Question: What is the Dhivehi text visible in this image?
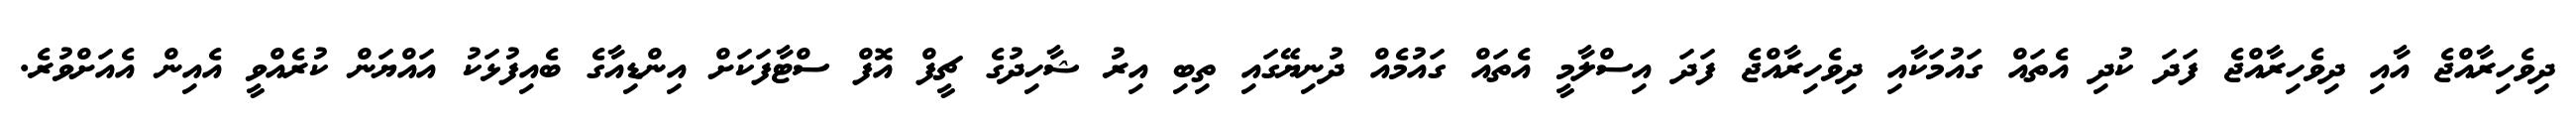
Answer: ދިވެހިރާއްޖެ އާއި ދިވެހިރާއްޖެ ފަދަ ކުދި އެތައް ގައުމަކާއި ދިވެހިރާއްޖެ ފަދަ އިސްލާމީ އެތައް ގައުމެއް ދުނިޔޭގައި ތިބި އިރު ޝާހިދުގެ ޗީފް އޮފް ސްޓާފަކަށް އިންޑިއާގެ ބެއިފުޅަކު އައްޔަން ކުރެއްވީ އެއިން އެއަށްވުރެ.